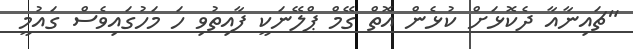
"ޗައިނާއާ ދެކޮޅަށް ކުޅެން އޮތް ގޭމް ޕްލޭނަކީ ފާއިތުވި ހަ މަހުގައިވެސް ގައުމީ